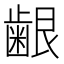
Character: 𮯅